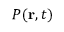
P ( { \bf r } , t )